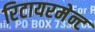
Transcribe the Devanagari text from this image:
रिटायरमेन्ट